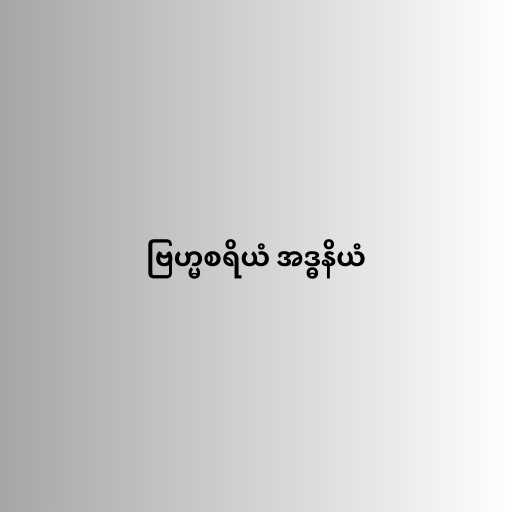
ဗြဟ္မစရိယံ အဒ္ဓနိယံ